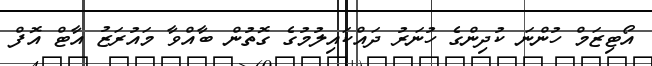
އޯޓިޒަމް ހުންނަ ކުދިންގެ ހުނަރު ދައްކައިލުމުގެ ގޮތުން ބާއްވާ މައުރަޒު އާޓް އޮފް